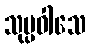
သုပ္ပဝါသေ